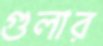
গুলার